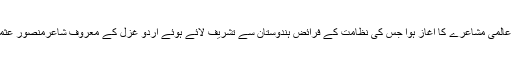
اس کے بعد عالمی مشاعرے کا اغاز ہوا جس کی نظامت کے فرائض ہندوستان سے تشریف لائے ہوئے اردو غزل کے معروف شاعرمنصور عثمانی نے کی۔